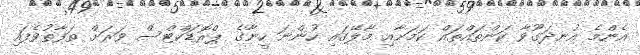
އެންމެ އުނދަގޫވާ ކަންތައްތައް ކަމަށާއި މާލޭގައި ހުންނަ ހީނާގެ ޕްރޮޑަކްޓްސް ވަރަށް ތަފާތުވެފައި